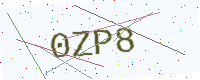
Text: 0ZP8